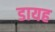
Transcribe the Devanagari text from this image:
डायह